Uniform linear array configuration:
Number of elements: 12
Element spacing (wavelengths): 0.75
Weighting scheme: hann
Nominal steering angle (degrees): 30
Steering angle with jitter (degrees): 31.297
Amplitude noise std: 0.05
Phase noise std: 0.05

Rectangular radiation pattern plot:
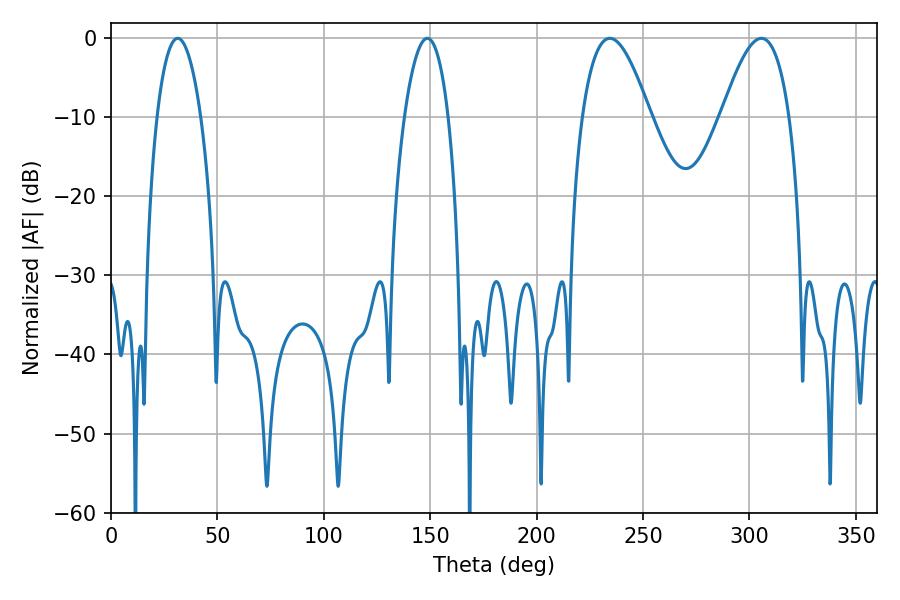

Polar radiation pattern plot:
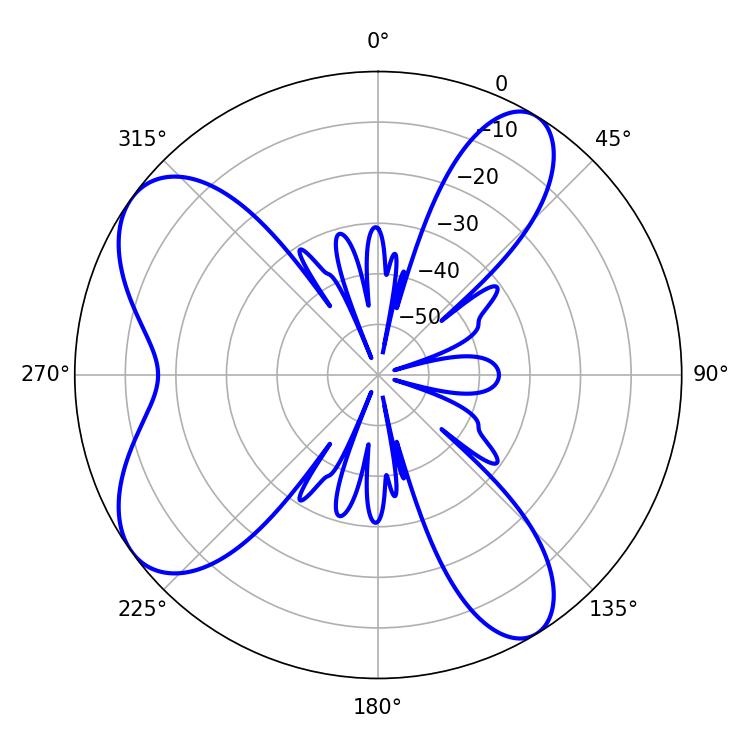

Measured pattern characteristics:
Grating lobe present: TRUE
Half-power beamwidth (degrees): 17.46
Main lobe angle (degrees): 234.36